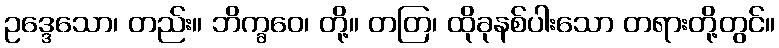
ဥဒ္ဒေသော၊ တည်း။ ဘိက္ခဝေ၊ တို့။ တတြ၊ ထိုခုနစ်ပါးသော တရားတို့တွင်။